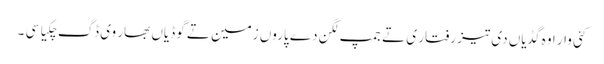
کئی وار اوہ گڈیاں دی تیز رفتار ی تے جمپ لگن دے پاروں زمین تے گوڈیاں بھار وی ڈگ چکیا سی ۔